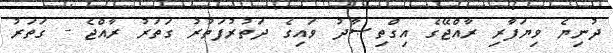
ދުނިޔެ ވިޔަފާރި ރާއްޖޭގެ އިގްތިޞާދު ވައިގެ ދަތުރުފަތުރު ގަތަރު ރާއްޖެ - ގަތަރު